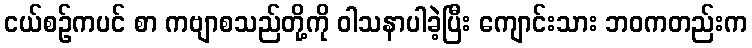
ငယ်စဉ်ကပင် စာ ကဗျာစသည်တို့ကို ဝါသနာပါခဲ့ပြီး ကျောင်းသား ဘဝကတည်းက